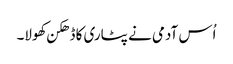
اُس آدمی نے پٹاری کا ڈھکن کھولا۔